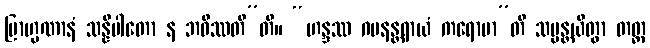
ဗြာဟ္မဏာနံ သန္နိပါတော န ဘဝိဿတီ”တိ။ “ဟန္ဒဿ ဂမနန္တရာယံ ကရောမာ”တိ သမ္မန္တယိတွာ တတ္ထ